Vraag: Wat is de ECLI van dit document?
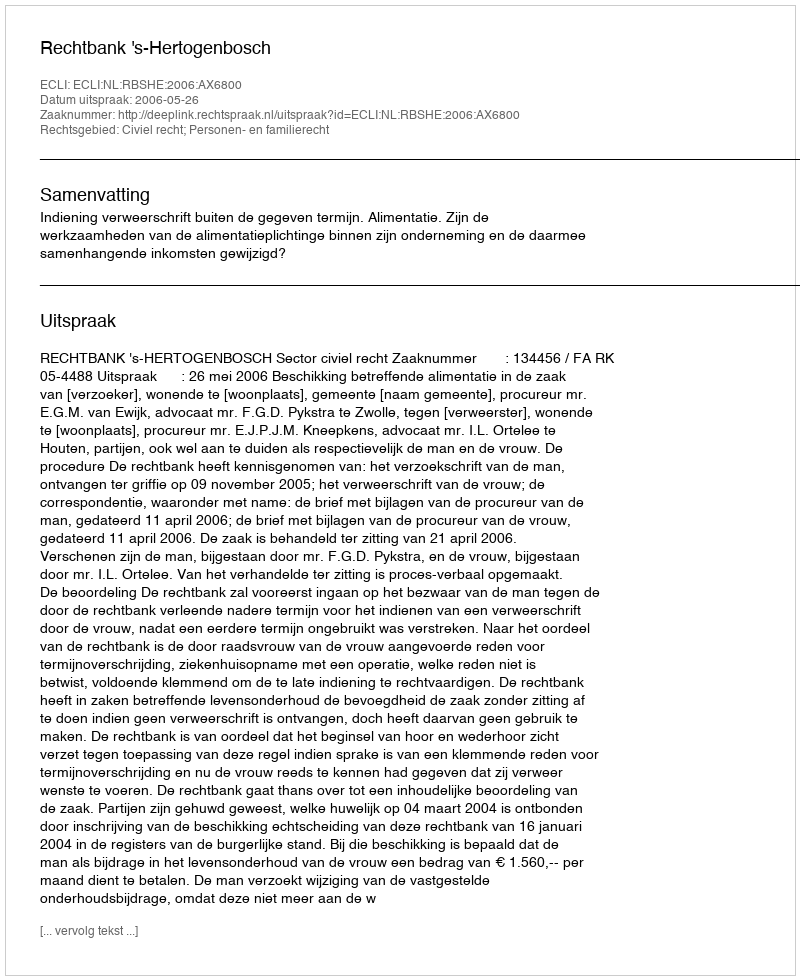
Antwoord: ECLI:NL:RBSHE:2006:AX6800